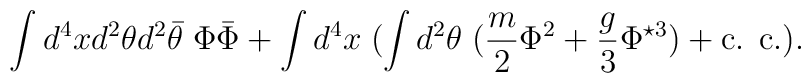
\int d^4xd^2\theta d^2\bar\theta\; \Phi\bar\Phi+\int d^4x\;(\int d^2\theta\;(\frac{m}{2}\Phi^2 +\frac{g}{3}\Phi^{\star 3}) +\mbox{c. c.}).